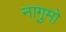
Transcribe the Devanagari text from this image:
नागुमो